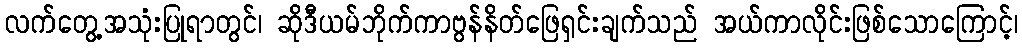
လက်တွေ့အသုံးပြုရာတွင်၊ ဆိုဒီယမ်ဘိုက်ကာဗွန်နိတ်ဖြေရှင်းချက်သည် အယ်ကာလိုင်းဖြစ်သောကြောင့်၊